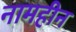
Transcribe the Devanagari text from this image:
नामहीन